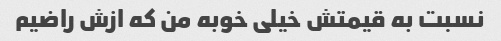
نسبت به قیمتش خیلی خوبه من که ازش راضیم